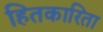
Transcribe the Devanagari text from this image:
हितकारिता